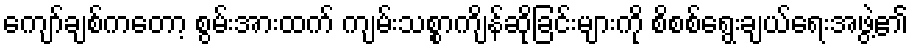
ကျော်ချစ်ကတော့ စွမ်းအားထက် ကျမ်းသစ္စာကျိန်ဆိုခြင်းများကို စိစစ်ရွေးချယ်ရေးအဖွဲ့၏